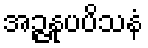
အဉ္ဇနုပပိသနံ